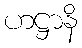
ဟဋ္ဌာနိ